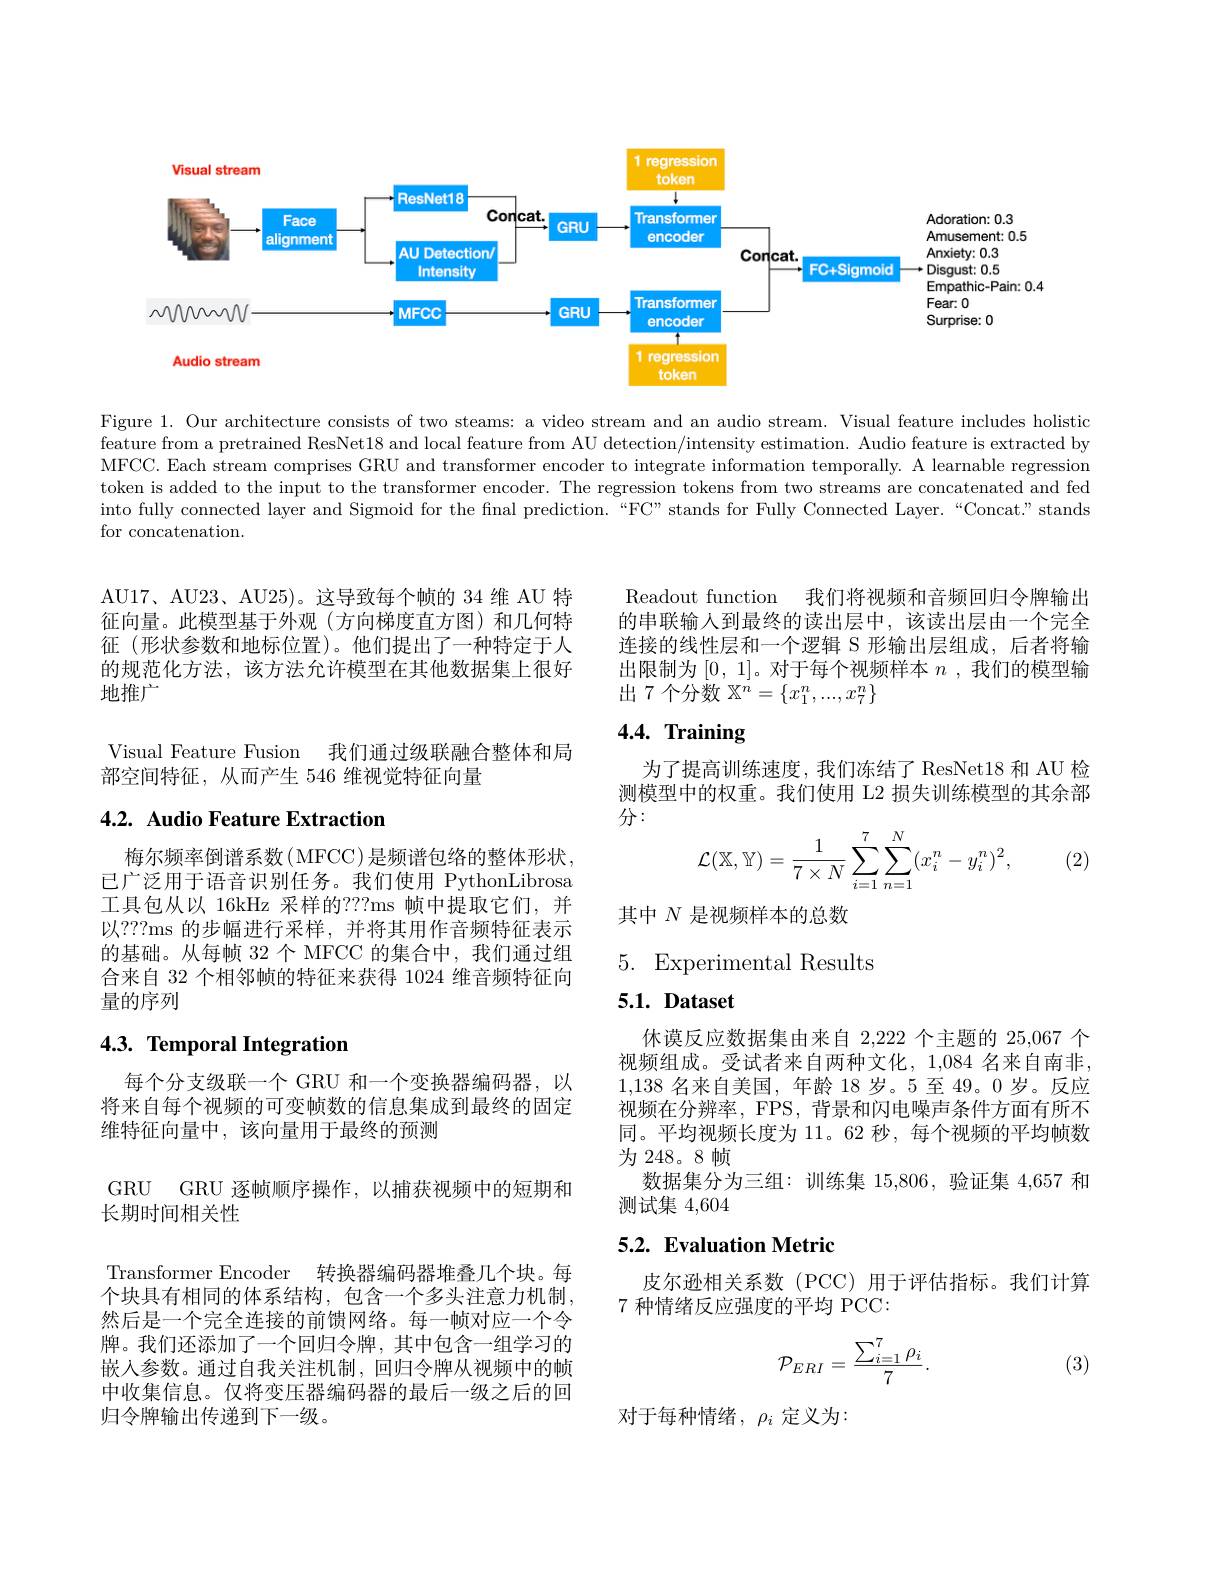
<FigureHere>

Figure 1. Our architecture consists of two steams: a video stream and an audio stream. Visual feature includes holistic feature from a pretrained ResNet18 and local feature from AU detection/intensity estimation. Audio feature is extracted by MFCC. Each stream comprises GRU and transformer encoder to integrate information temporally. A learnable regression token is added to the input to the transformer encoder. The regression tokens from two streams are concatenated and fed into fully connected layer and Sigmoid for the final prediction.“FC”stands for Fully Connected Layer.“Concat.” stands for concatenation.

AU17、AU23、AU25)。这导致每个帧的 34 维 AU 特征向量。此模型基于外观(方向梯度直方图)和几何特征(形状参数和地标位置)。他们提出了一种特定于人的规范化方法，该方法允许模型在其他数据集上很好地推广

Visual Feature Fusion 我们通过级联融合整体和局
部空间特征，从而产生 546 维视觉特征向量

# 4.2. Audio Feature Extraction

梅尔频率倒谱系数(MFCC)是频谱包络的整体形状， 已广泛用于语音识别任务。我们使用 PythonLibrosa 工具包从以 16kHz 采样的？??ms 帧中提取它们，并以？??ms 的步幅进行采样，并将其用作音频特征表示的基础。从每帧 32个 MFCC 的集合中，我们通过组合来自 32 个相邻帧的特征来获得 1024 维音频特征向量的序列

# 4.3. Temporal Integration

每个分支级联一个 GRU 和一个变换器编码器，以将来自每个视频的可变帧数的信息集成到最终的固定维特征向量中，该向量用于最终的预测

GRU GRU 逐帧顺序操作，以捕获视频中的短期和

长期时间相关性

Transformer Encoder 转换器编码器堆叠几个块。每个块具有相同的体系结构，包含一个多头注意力机制， 然后是一个完全连接的前馈网络。每一帧对应一个令牌。我们还添加了一个回归令牌，其中包含一组学习的嵌入参数。通过自我关注机制，回归令牌从视频中的帧中收集信息。仅将变压器编码器的最后一级之后的回归令牌输出传递到下一级。

Readout function 我们将视频和音频回归令牌输出的串联输人到最终的读出层中，该读出层由一个完全连接的线性层和一个逻辑 S 形输出层组成，后者将输出限制为[0,1]。对于每个视频样本$n$ ,我们的模型输出 7 个分数$\mathbb{X}^n=\{x_1^n,...,x_7^n\}$

# $4. 4. \textbf{ Training}$

为了提高训练速度，我们冻结了ResNet18 和 AU 检测模型中的权重。我们使用 L2 损失训练模型的其余部分：
$$\mathcal{L}(\mathbb{X},\mathbb{Y})=\frac{1}{7\times N}\sum_{i=1}^{7}\sum_{n=1}^{N}(x_{i}^{n}-y_{i}^{n})^{2},$$
(2)

其中$N$是视频样本的总数

5. Experimental Results

## $5. 1. \textbf{Dataset}$

休谟反应数据集由来自 2,222 个主题的 25,067 个视频组成。受试者来自两种文化，1,084 名来自南非， 1,138名来自美国，年龄 18 岁。5 至 49。0 岁。反应视频在分辨率，FPS, 背景和闪电噪声条件方面有所不同。平均视频长度为 11。62 秒，每个视频的平均帧数为 248。8 帧
数据集分为三组：训练集 15,806, 验证集 4,657 和
测试集4，604

# 5.2. Evaluation Metric

皮尔逊相关系数(PCC)用于评估指标。我们计算
7 种情绪反应强度的平均 PCC:
$$\mathcal{P}_{ERI}=\frac{\sum_{i=1}^7\rho_i}{7}.$$
(3)

对于每种情绪，$\rho_i$定义为：